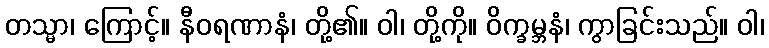
တသ္မာ၊ ကြောင့်။ နီဝရဏာနံ၊ တို့၏။ ဝါ၊ တို့ကို။ ဝိက္ခမ္ဘနံ၊ ကွာခြင်းသည်။ ဝါ၊